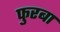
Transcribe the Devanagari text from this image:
फुरबा